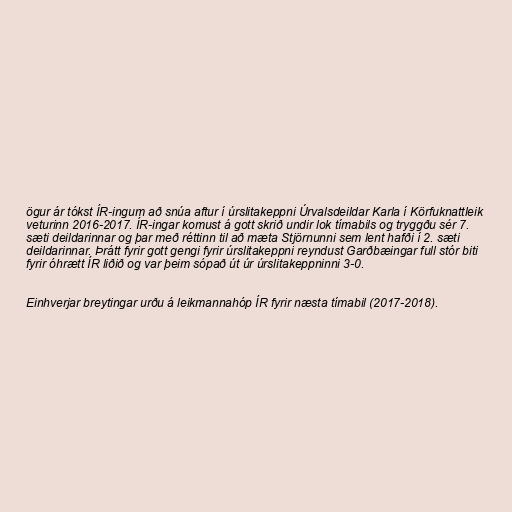
ögur ár tókst ÍR-ingum að snúa aftur í úrslitakeppni Úrvalsdeildar Karla í Körfuknattleik
veturinn 2016-2017. ÍR-ingar komust á gott skrið undir lok tímabils og tryggðu sér 7.
sæti deildarinnar og þar með réttinn til að mæta Stjörnunni sem lent hafði í 2. sæti
deildarinnar. Þrátt fyrir gott gengi fyrir úrslitakeppni reyndust Garðbæingar full stór biti
fyrir óhrætt ÍR liðið og var þeim sópað út úr úrslitakeppninni 3-0.

Einhverjar breytingar urðu á leikmannahóp ÍR fyrir næsta tímabil (2017-2018).